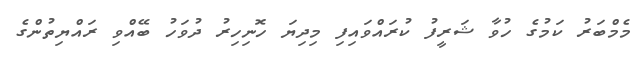
މެމްބަރު ކަމުގެ ހުވާ ޝަރީފު ކުރައްވައިފި މިދިޔަ ހޮނިހިރު ދުވަހު ބޭއްވި ރައްޔިތުންގެ